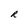
Character: R